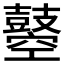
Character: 𪔣